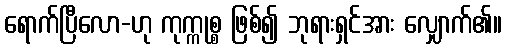
ရောက်ပြီလော-ဟု ကုက္ကုစ္စ ဖြစ်၍ ဘုရားရှင်အား လျှောက်၏။